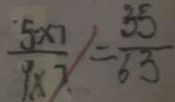
\frac { 5 \times 1 } { 9 \times 7 } = \frac { 3 5 } { 6 3 }